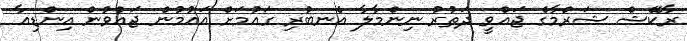
ރާކޭޝް ޝަރްމާގެ ޖައްވީ ދަތުރު ނިންމާލާ އެނބުރި ގައުމަށް އައުމުން ޖައްވުން އިންޑިއާ